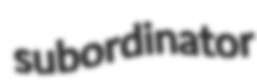
subordinator